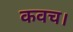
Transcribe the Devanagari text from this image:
कवच।